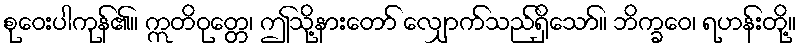
စုဝေးပါကုန်၏။ ဣတိဝုတ္တေ၊ ဤသို့နားတော် လျှောက်သည်ရှိသော်။ ဘိက္ခဝေ၊ ရဟန်းတို့။